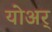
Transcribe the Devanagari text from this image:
योअर्